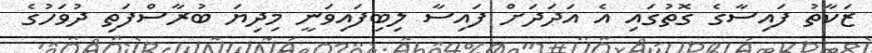
ޒަކާތު ފައިސާގެ ގޮތުގައި އެ އަދަދަށް ފައިސާ ލިބިފައިވަނީ މިދިޔަ ބުރާސްފަތި ދުވަހުގެ